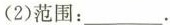
(2)范围：___。